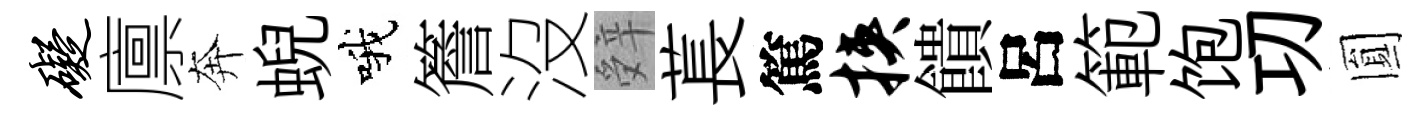
碍廪奔蜺哦簷沒辤萇篤挟饋呂範饱㓛圎